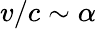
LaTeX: v/c\sim\alpha